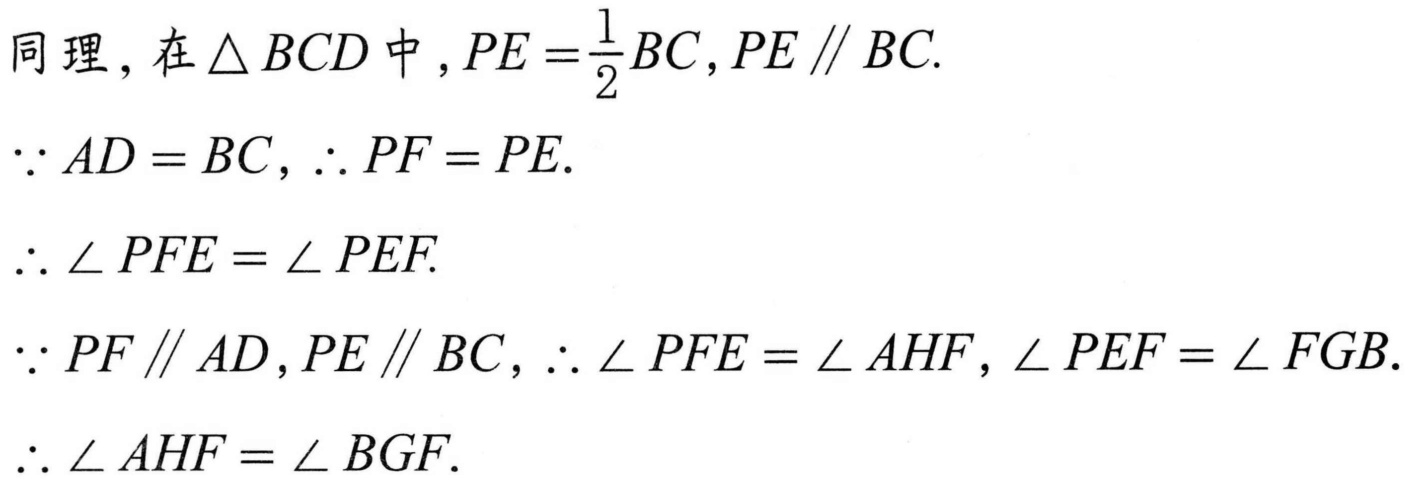
同理，在$\triangle BCD$中，$PE=\frac{1}{2}BC,PE\parallel BC.$
$\because AD = BC,\therefore PF = PE.$
$\therefore \angle PFE=\angle PEF.$
$\because PF\parallel AD,PE\parallel BC,\therefore \angle PFE=\angle AHF,\angle PEF=\angle FGB.$
$\therefore \angle AHF=\angle BGF.$